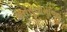
અનસૂયામાજી